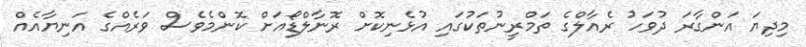
މިދިޔަ އަންގާރަ ދުވަހު ރެއާލްގެ ތަމްރީނުތަކުގައި އުޅެނިކޮށް ރޮނާލްޑޯއަށް ކޮންމެވެސް ވަރެއްގެ އަނިޔާއެއް